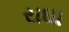
રાઘા